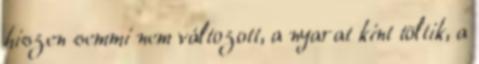
hiszen semmi nem változott, a nyarat kint töltik, a